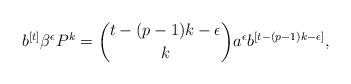
LaTeX: \begin{align*}b^{[t]}\beta^{\epsilon}P^k=\binom{t-(p-1)k-\epsilon}{k}a^{\epsilon}b^{[t-(p-1)k-\epsilon]},\end{align*}